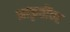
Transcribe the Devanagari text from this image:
आकृतींवर